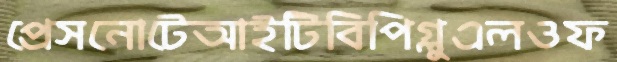
প্রেসনোটেআইটিবিপিগ্লুএলওফ